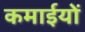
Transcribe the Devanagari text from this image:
कमाईयों